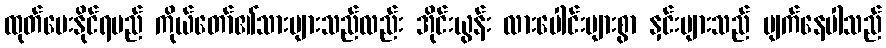
ထုတ်ပေးနိုင်ရမည် ကိုယ်တော်၏သားများသည်လည်း အိုင်းယွန်း လားပေါင်းများစွာ နှင်းများသည် ပျက်နေပါသည်